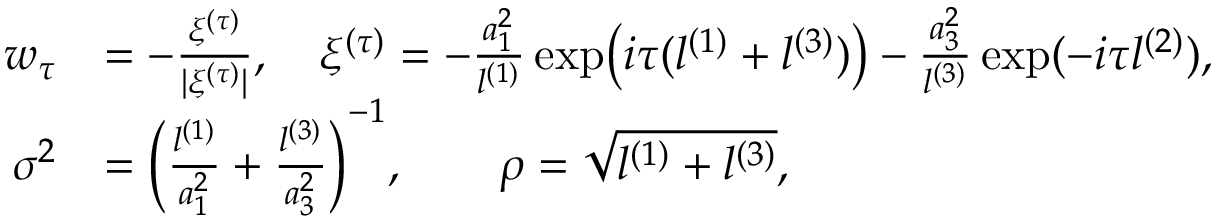
\begin{array} { r l } { w _ { \tau } } & { = - \frac { \xi ^ { ( \tau ) } } { | \xi ^ { ( \tau ) } | } , \quad \xi ^ { ( \tau ) } = - \frac { a _ { 1 } ^ { 2 } } { l ^ { ( 1 ) } } \exp \bigl ( i \tau ( l ^ { ( 1 ) } + l ^ { ( 3 ) } ) \bigr ) - \frac { a _ { 3 } ^ { 2 } } { l ^ { ( 3 ) } } \exp ( - i \tau l ^ { ( 2 ) } ) , } \\ { \sigma ^ { 2 } } & { = \biggl ( \frac { l ^ { ( 1 ) } } { a _ { 1 } ^ { 2 } } + \frac { l ^ { ( 3 ) } } { a _ { 3 } ^ { 2 } } \biggr ) ^ { - 1 } , \qquad \rho = \sqrt { l ^ { ( 1 ) } + l ^ { ( 3 ) } } , } \end{array}